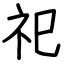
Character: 祀